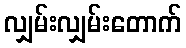
လျှမ်းလျှမ်းတောက်